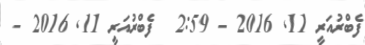
ފެބްރުއަރީ 11